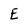
Character: E